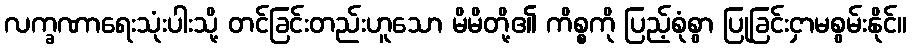
လက္ခဏာရေးသုံးပါးသို့ တင်ခြင်းတည်းဟူသော မိမိတို့၏ ကိစ္စကို ပြည့်စုံစွာ ပြုခြင်းငှာမစွမ်းနိုင်။